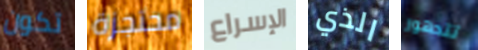
تكون محتجزة الإسراع الذي تتدهور